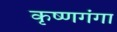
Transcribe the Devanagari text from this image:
कृष्णगंगा